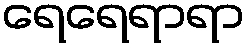
ရေရေရာရာ